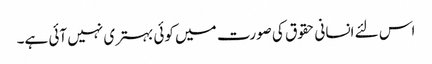
اس لئے انسانی حقوق کی صورت میں کوئی بہتری نہیں آئی ہے۔